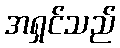
အရှင်သည်